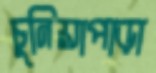
চুনিয়াপাড়া